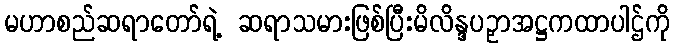
မဟာစည်ဆရာတော်ရဲ့ ဆရာသမားဖြစ်ပြီးမိလိန္ဒပဉှာအဋ္ဌကထာပါဌ်ကို